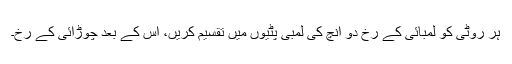
ہر روٹی کو لمبائی کے رخ دو انچ کی لمبی پٹیوں میں تقسیم کریں، اس کے بعد چوڑائی کے رخ۔